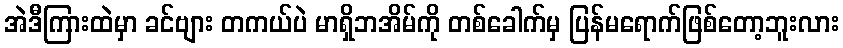
အဲဒီကြားထဲမှာ ခင်ဗျား တကယ်ပဲ မာရှိဘအိမ်ကို တစ်ခေါက်မှ ပြန်မရောက်ဖြစ်တော့ဘူးလား